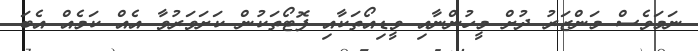
ނަމަވެސް މަންޒަރު ދުށް މީހުންނާއި ވީޑިއޯތަކާއި ފޮޓޯތަކުން ކަށަވަރުވާ އެއް ކަމެއް އެބަ